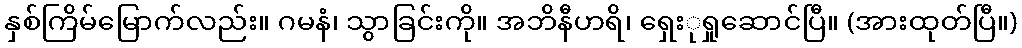
နှစ်ကြိမ်မြောက်လည်း။ ဂမနံ၊ သွာခြင်းကို။ အဘိနီဟရိ၊ ရှေးုရှုဆောင်ပြီ။ (အားထုတ်ပြီ။)